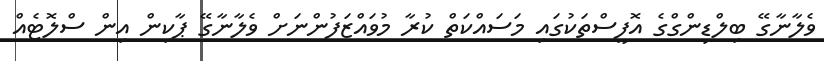
ވެލާނާގޭ ބިލްޑިންގްގެ އޮފީސްތަކުގައި މަސައްކަތް ކުރާ މުވައްޒަފުންނަށް ވެލާނާގޭ ޕާކިން އިން ސްލޮޓެއް